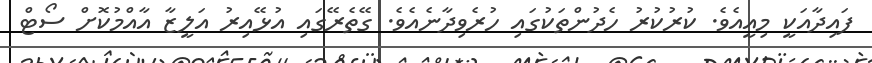
ފައިދާއަކީ މިއީއެވެ. ކުރުކުރު ހެދުންތަކުގައި ހުރެވިދާނެއެވެ. ގޭތެރޭގައި އުޅޭއިރު އަލީޒާ އާއްމުކޮށް ސޯޓް